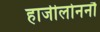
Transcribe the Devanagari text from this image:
हाजीलोननौ